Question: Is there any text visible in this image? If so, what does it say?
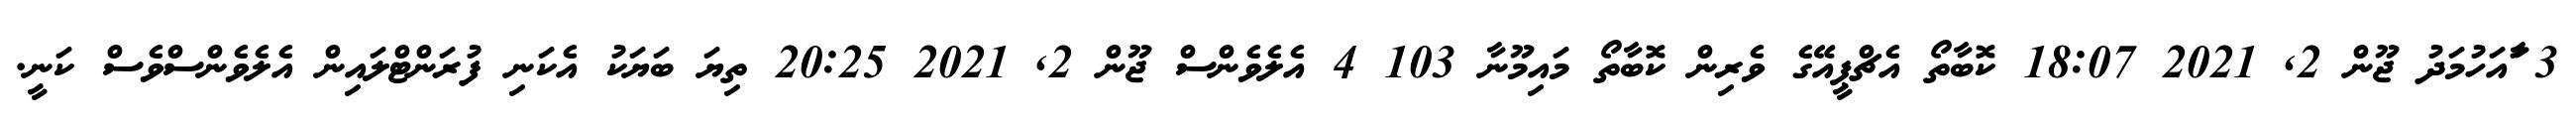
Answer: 3 ާައަހުމަދު ޖޫން 2, 2021 18:07 ކޮބާތޯ އެޗްޕީއޭގެ ވެރިން ކޮބާތޯ މައިމޫނާ 103 4 އެލެވެންސް ޖޫން 2, 2021 20:25 ތިޔަ ބަޔަކު އެކަނި ފުރަންޓްލައިން އެލެވެންސްވެސް ކަނީ.